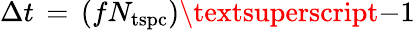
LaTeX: \Delta t\, =\, (fN_{\mathrm{{tspc}}})\textsuperscript{-1}